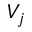
V _ { j }